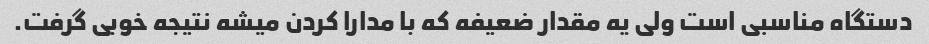
دستگاه مناسبی است ولی یه مقدار ضعیفه که با مدارا کردن میشه نتیجه خوبی گرفت.